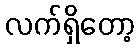
လက်ရှိတော့